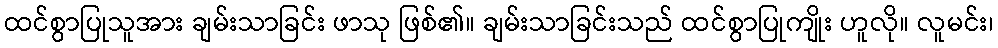
ထင်စွာပြုသူအား ချမ်းသာခြင်း ဖာသု ဖြစ်၏။ ချမ်းသာခြင်းသည် ထင်စွာပြုကျိုး ဟူလို။ လူမင်း၊